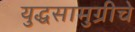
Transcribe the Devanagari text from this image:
युद्धसामुग्रीचे